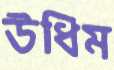
উধিম